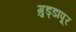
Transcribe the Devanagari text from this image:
गुड्डापूर